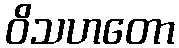
ဝိသဟတော